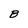
Character: B